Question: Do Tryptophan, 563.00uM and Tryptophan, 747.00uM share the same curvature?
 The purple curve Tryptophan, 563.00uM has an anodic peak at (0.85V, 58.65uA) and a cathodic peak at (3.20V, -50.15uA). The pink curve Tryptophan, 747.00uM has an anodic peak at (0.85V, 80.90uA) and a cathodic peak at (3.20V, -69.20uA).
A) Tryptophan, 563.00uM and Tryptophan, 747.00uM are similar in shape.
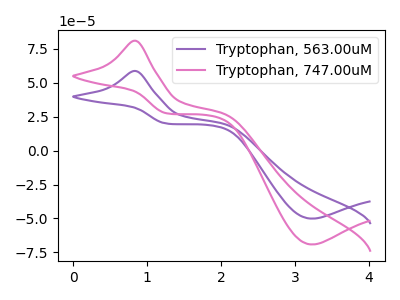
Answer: <think>All the peaks in "Tryptophan, 563.00uM" have a peak in "Tryptophan, 747.00uM" at the same potential. Every peak in "Tryptophan, 563.00uM" is lower than every peak in "Tryptophan, 747.00uM".
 </think>
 <answer>A) "Tryptophan, 563.00uM" and "Tryptophan, 747.00uM" are similar in shape.</answer>
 <eval>A</eval>